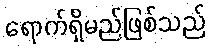
ရောက်ရှိမည်ဖြစ်သည်